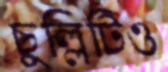
চুল্লিটিও